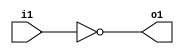
module not1(input i1, output o1);
  reg r;
  always @(i1) begin
    r = !i1;
  end
  assign o1=r;
endmodule